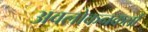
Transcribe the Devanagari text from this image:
अवलोकनकर्ता